Report of the Indian Hemp Drugs Commission, 1894-1895 - Volume VII
Year: 1894
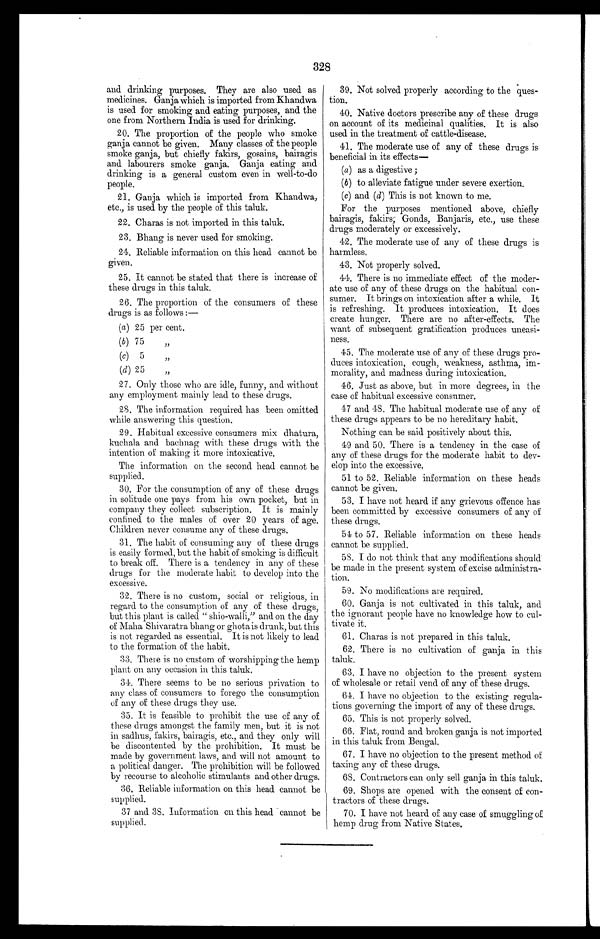
328
and drinking purposes. They are also used as
medicines. Ganja which is imported from Khandwa
is used for smoking and eating purposes, and the
one from Northern India is used for drinking.
20.The proportion of the people who smoke
ganja cannot be given. Many classes of the people
smoke ganja, but chiefly faith's, gosains, bairagis
and labourers smoke ganja. Ganja eating and
drinking is a general custom even in well-to-do
people.
21.Ganja which is imported from Khandwa,
etc., is used by the people of this taluk.
22.Charas is not imported in this taluk.
23.Bhang is never used for smoking.
24.Reliable information on this head cannot be
given.
25.It cannot be stated that there is increase of
these drugs in this taluk.
26.The proportion of the consumers of these
drugs is as follows : —
(a) 25 per cent.
(b) 75 "
(c) 5 "
(d) 25 "
27.Only those who are idle, funny, and without
any employment mainly lead to these drugs.
28.The information required has been omitted
while answering this question.
29.Habitual excessive consumers mix dhatura,
kuchala and bachnag with these drugs with the
intention of making it more intoxicative.
The information on the second head cannot be
supplied.
30. For the consumption of any of these drugs
in solitude one pays from his own pocket, but in
company they collect subscription. It is mainly
confined to the males of over 20 years of age.
Children never consume any of these drugs.
31.The habit of consuming any of these drugs
is easily formed, but the habit of smoking is difficult
to break off. There is a tendency in any of these
drugs for the moderate habit to develop into the
excessive.
32.There is no custom, social or religious, in
regard to the consumption of any of these drugs,
but this plant is called " shio-walli," and on the day
of Maha Shivaratra bhang or ghota is drunk, but this
is not regarded as essential. It is not likely to lead
to the formation of the habit.
33. There is no custom of worshipping the hemp
plant on any occasion in this taluk.
34. There seems to be no serious privation to
any class of consumers to forego the consumption
of any of these drugs they use.
35.It is feasible t.o prohibit the use of any of
these drugs amongst the family men, but it is not
in sadhus, fakirs, bairagis, etc., and they only will
be discontented by the prohibition. It must be
made by government laws, and will not amount to
a political danger. The prohibition will be followed
by recourse to alcoholic stimulants and other drugs.
36.Reliable information on this head cannot be
supplied.
37 and 38. Information on this head cannot be
supplied.
39. Not solved properly according to the ques-
tion.
40. Native doctors prescribe any of these drugs
on account of its medicinal qualities. It is also
used in the treatment of cattle-disease.
41. The moderate use of any of these drugs is
beneficial in its effects
—
(a)as a digestive ;
(b)to alleviate fatigue under severe exertion.
(c) and (d) This is not known to me.
For the purposes mentioned above, chiefly
bairagis, fakirs; Gonds, Banjaris, etc., use these
drugs moderately or excessively.
42. The moderate use of any of these drugs is
harmless.
43. Not properly solved.
44. There is no immediate effect of the moder-
ate use of any of these drugs on the habitual con-
sumer. It brings on intoxication after a while. It
is refreshing. It produces intoxication. It does
create hunger. There are no after-effects. The
want of subsequent gratification produces uneasi-
ness.
45. The moderate use of any of these drugs pro-
duces intoxication, cough, weakness, asthma, im-
morality, and madness during intoxication.
46. Just as above, but in more degrees, in the
case of habitual excessive consumer.
47 and 48. The habitual moderate use of any of
these drugs appears to be no hereditary habit.
Nothing can be said positively about this.
49 and 50. There is a tendency in the case of
any of these drugs for the moderate habit to dev-
elop into the excessive.
51 to 52. Reliable information on these heads
cannot be given.
53. I have not heard if any grievous offence has
been committed by excessive consumers of any of
these drugs.
51 to 57. Reliable information on these heads
cannot be supplied.
5S. I do not think that any modifications should-
be made in the present system of excise administra-
tion.
59.No modifications are required.
60.Ganja is not cultivated in this taluk, and
the ignorant people have no knowledge how to cul-
tivate it.
61.Charas is not prepared in this taluk.
62.There is no cultivation of ganja in this
taluk.
63. I have no objection to the present system
of wholesale or retail vend of any of these drugs.
61. I have no objection to the existing regula-
tions governing the import of any of these drugs.
65.This is not properly solved.
66.Flat, round and broken ganja is not imported
in this taluk from Bengal.
67.I have no objection to the present method of
taxing any of these drugs.
68. Contractors can only sell ganja, in this taluk.
69.Shops are opened with the consent of con-
tractors of these drugs.
70. I have not heard of any case of smuggling of
hemp drug from Native States.